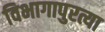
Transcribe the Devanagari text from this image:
विभागापुरत्या